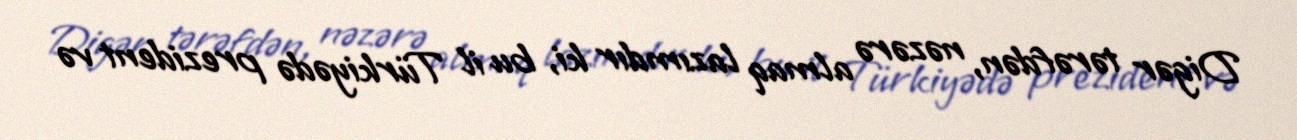
Digər tərəfdən, nəzərə almaq lazımdır ki, bu il Türkiyədə prezident və